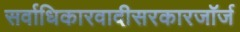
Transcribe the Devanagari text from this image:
सर्वाधिकारवादीसरकारजॉर्ज